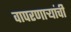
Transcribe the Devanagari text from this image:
वापरणार्‍यांची